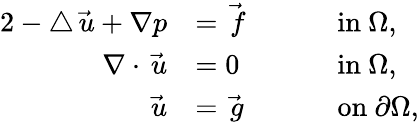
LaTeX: \begin{array}{rlrl}{{2}-\triangle\vec{\, u}+\nabla p}&{=\vec{\, f}}&{\quad}&{\mathrm{~in~}\Omega,}\\ {\nabla\cdot\vec{\, u}}&{=0}&{\quad}&{\mathrm{~in~}\Omega,}\\ {\vec{\, u}}&{=\vec{\, g}}&{\quad}&{\mathrm{~on~}\partial\Omega,}\end{array}